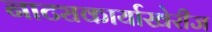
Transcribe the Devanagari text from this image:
नाट्यकार्याखेरीज